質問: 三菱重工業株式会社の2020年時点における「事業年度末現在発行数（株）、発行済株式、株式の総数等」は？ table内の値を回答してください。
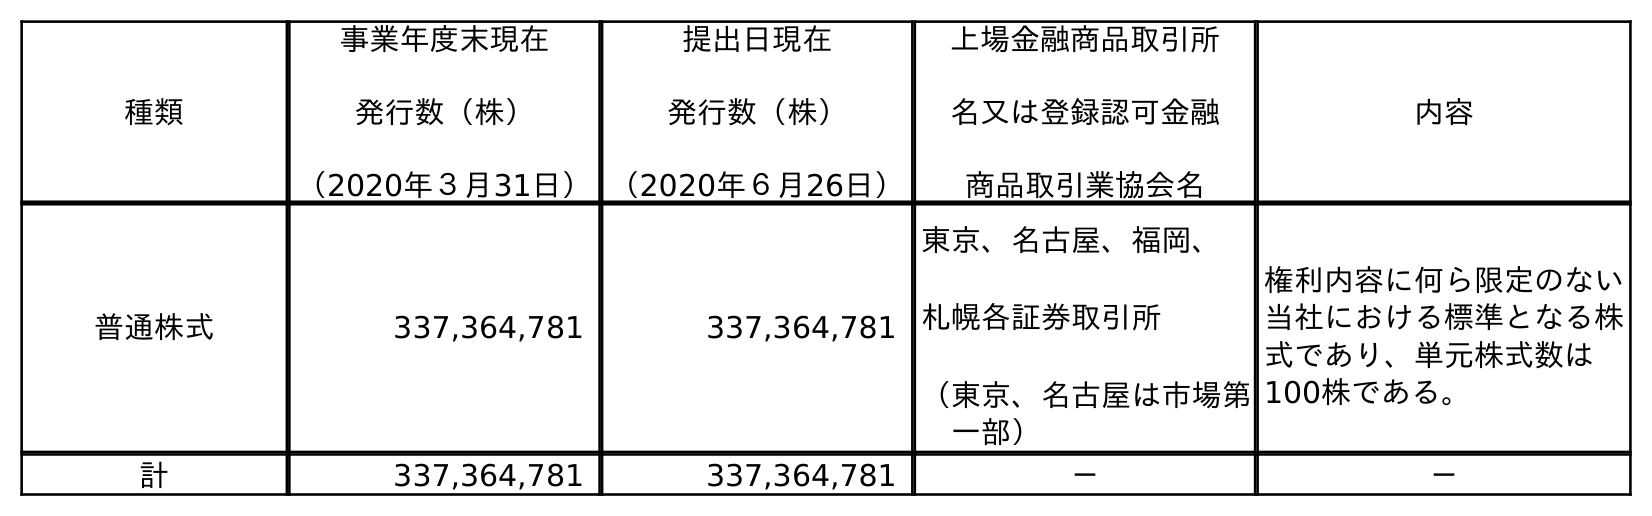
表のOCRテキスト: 種類 事業年度末現在 発行数（株） （2020年３月31日） 提出日現在 発行数（株） （2020年６月26日） 上場金融商品取引所 名又は登録認可金融 商品取引業協会名 内容 普通株式 337,364,781 337,364,781 東京、名古屋、福岡、 札幌各証券取引所 （東京、名古屋は市場第 一部） 権利内容に何ら限定のない 当社における標準となる株 式であり、単元株式数は 100株である。 計 337,364,781 337,364,781 － －
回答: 337,364,781